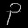
Digit: ၃